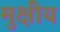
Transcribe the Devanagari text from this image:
मुक्षीय